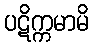
ပဋိက္ကမာမိ